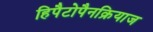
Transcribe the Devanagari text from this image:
हिपैटोपैनक्रियाज